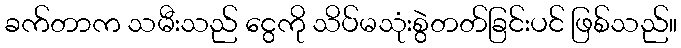
ခက်တာက သမီးသည် ငွေကို သိပ်မသုံးစွဲတတ်ခြင်းပင် ဖြစ်သည်။